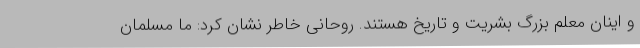
و اینان معلم بزرگ بشریت و تاریخ هستند. روحانی خاطر نشان کرد: ما مسلمان